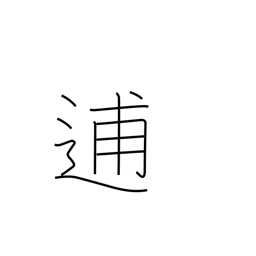
Meaning: flee